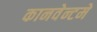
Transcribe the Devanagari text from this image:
कानवेन्टमे